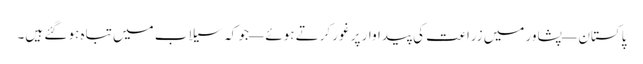
پاکستان — پشاور میں زراعت کی پیداوار پر غور کرتے ہوئے — جو کہ سیلاب میں تباہ ہو گئے ہیں۔